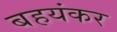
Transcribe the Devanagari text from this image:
बहयंकर